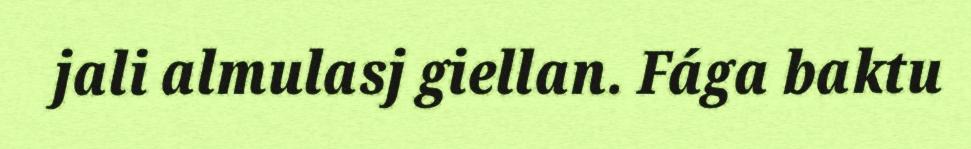
jali almulasj giellan. Fága baktu